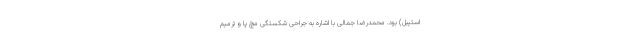
استیبل) بود. محمدرضا جمالی با اشاره به جراحی شکستگی مچ پا و ترمیم